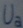
Text: Ua